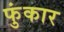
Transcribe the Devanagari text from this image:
फुंकार